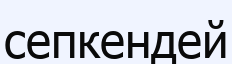
сепкендей